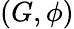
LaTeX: (G,\phi)